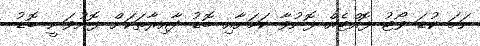
ނަމަ ކުޑަ ވޯޓު ފޮއްޓެއް ފޮނުވާ ކަމަށާއި ބޮޑު ދާއިރާތަކަށް ފޮނުވަނީ ބޮޑު